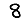
Digit: 8